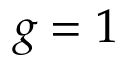
g = 1